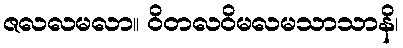
ဇလလမလာ။ ဝိတလဝိမလမသာသာနိ၊